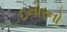
ઇનૌરનો